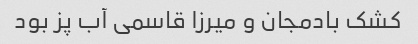
کشک بادمجان و میرزا قاسمی آب پز بود